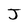
Character: J